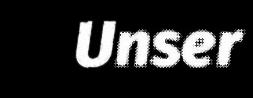
Unser